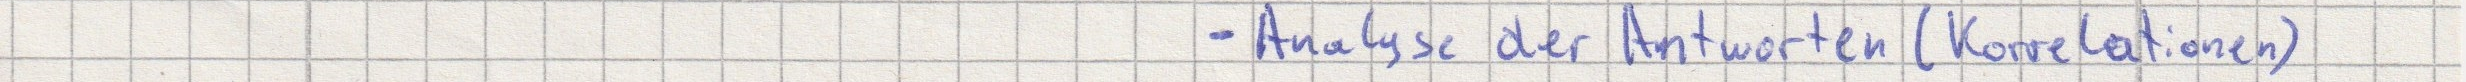
- Analyse der Antworten (Korrelationen)